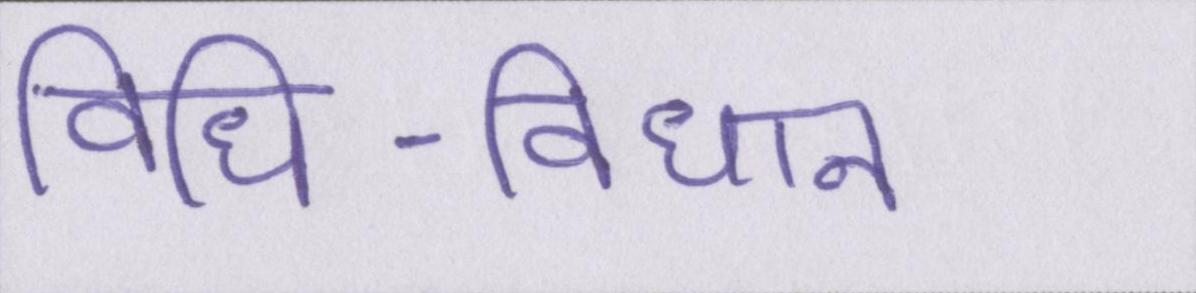
विधि-विधान